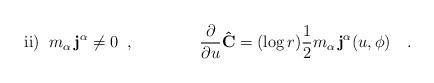
LaTeX: \begin{align*}{\rm ii})\;\; m_{\alpha}\,{\bf j^{\alpha}}\ne 0\;\; ,\qquad\qquad\frac{\partial}{\partial u}{\bf{\hat C}}=(\log r)\frac{1}{2}m_{\alpha}\,{\bf j^{\alpha}}(u,\phi)\quad .\qquad\qquad\qquad\qquad\end{align*}